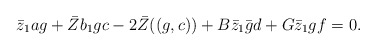
\begin{align*}\bar{z}_1 a g+\bar{Z} b_1 g c- 2 \bar{Z}((g,c))+B \bar{z}_1 \bar{g} d+G \bar{z}_1 g f=0.\end{align*}